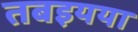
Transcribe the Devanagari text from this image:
तबइयया